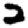
Digit: 2